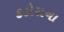
કટોરાના